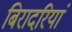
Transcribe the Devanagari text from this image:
बिरादरियां